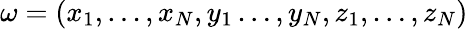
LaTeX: \omega=(x_{1},\ldots,x_{N},y_{1}\ldots,y_{N},z_{1},\ldots,z_{N})